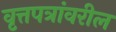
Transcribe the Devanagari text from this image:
वृत्तपत्रांवरील